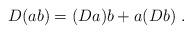
LaTeX: \begin{align*}D(ab)=(Da)b+a(Db)~.\end{align*}